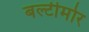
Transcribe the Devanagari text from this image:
बल्टीमोर